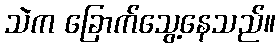
သဲက ခြောက်သွေ့နေသည်။